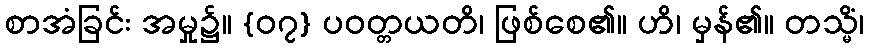
စာအံခြင်း အမှု၌။ {၀၇} ပဝတ္တယတိ၊ ဖြစ်စေ၏။ ဟိ၊ မှန်၏။ တသ္မိံ၊